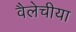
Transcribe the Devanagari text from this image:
वैलेचीया